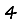
Digit: 4